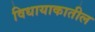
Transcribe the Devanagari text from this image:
विधायाकातील